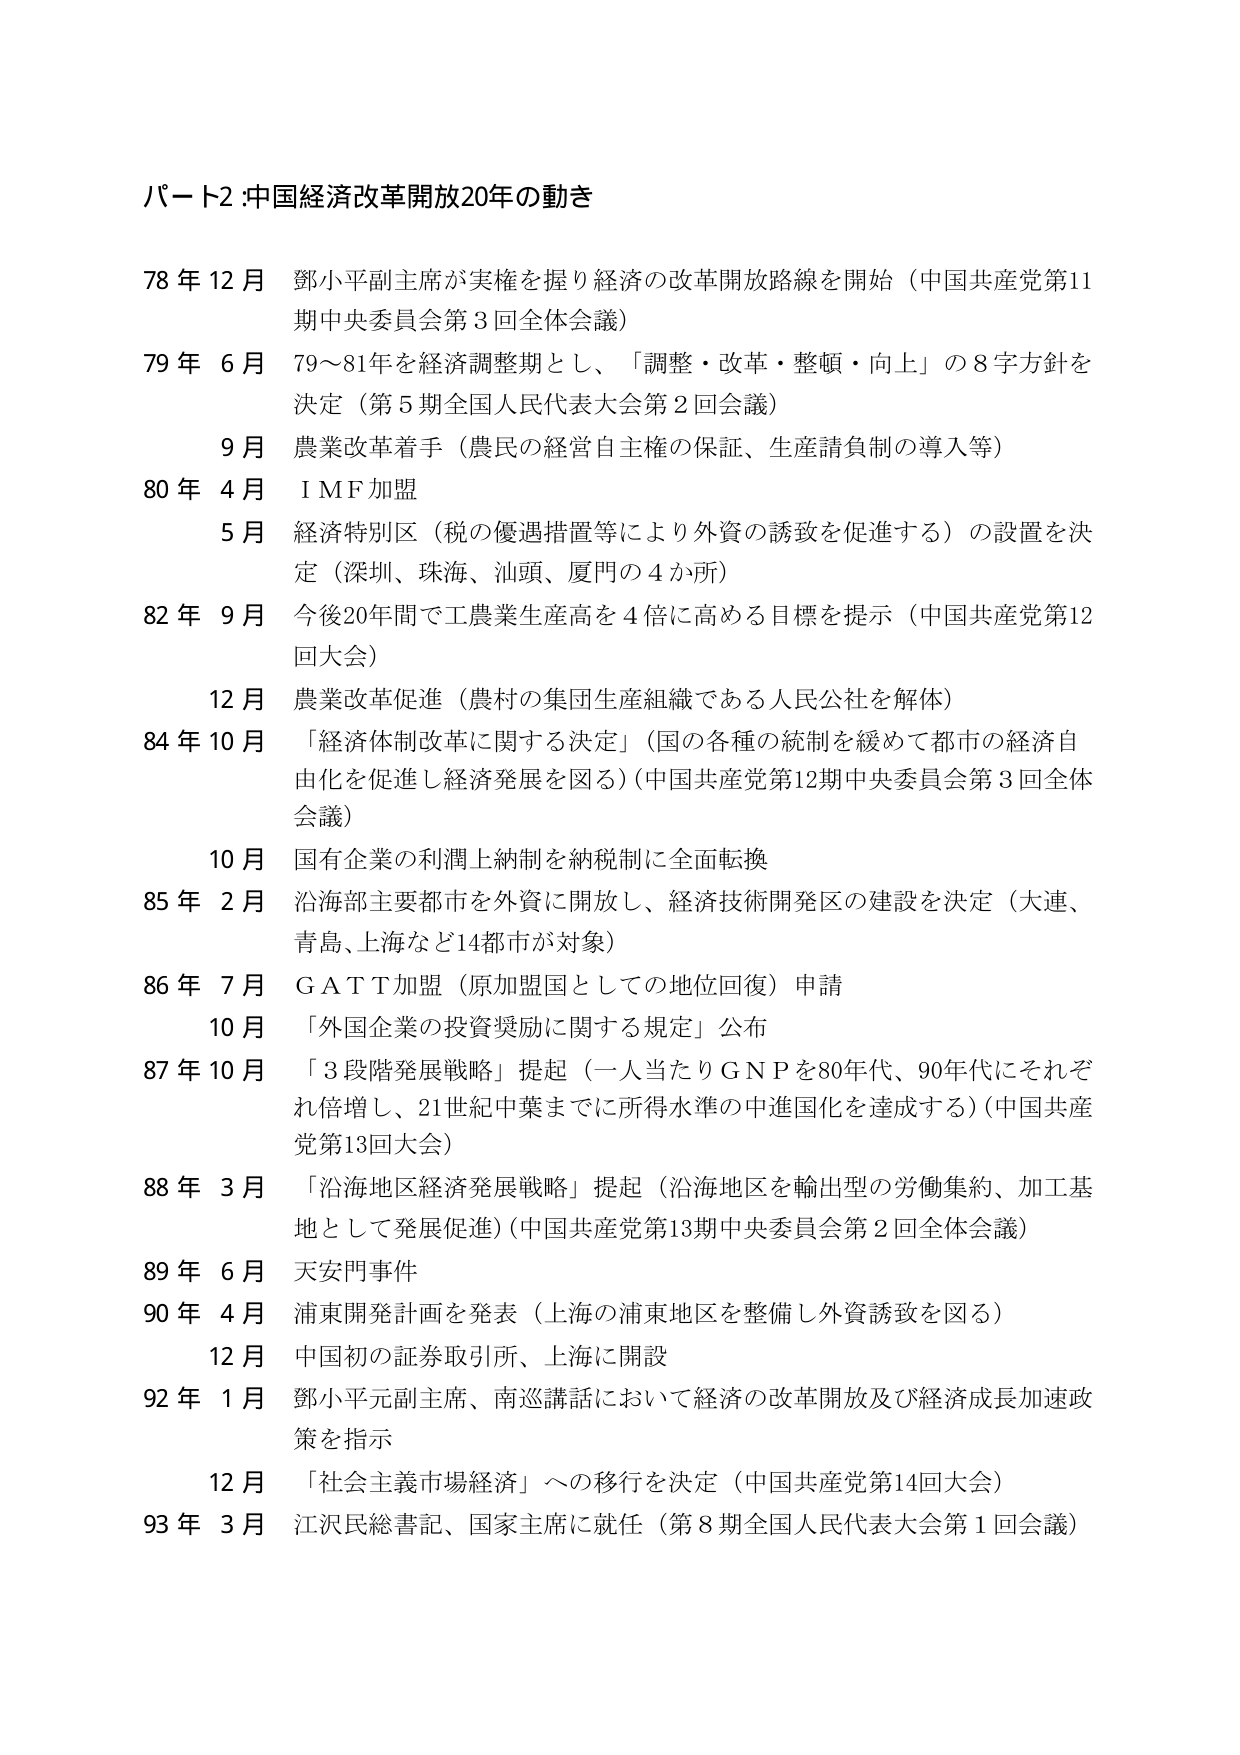
パート2:中国経済改革開放20年の動き

78年12月 鄧小平副主席が実権を握り経済の改革開放路線を開始（中国共産党第11期中央委員会第3回全体会議）

79年6月 79～81年を経済調整期とし、「調整・改革・整頓・向上」の8字方針を決定（第5期全国人民代表大会第2回会議）

9月 農業改革着手（農民の経営自主権の保証、生産請負制の導入等）

80年4月 IMF加盟

5月 経済特別区（税の優遇措置等により外資の誘致を促進する）の設置を決定（深圳、珠海、汕頭、廈門の4か所）

82年9月 今後20年間で工農業生産高を4倍に高める目標を提示（中国共産党第12回大会）

12月 農業改革促進（農村の集団生産組織である人民公社を解体）

84年10月 「経済体制改革に関する決定」（国の各種の統制を緩めて都市の経済自由化を促進し経済発展を図る）（中国共産党第12期中央委員会第3回全体会議）

10月 国有企業の利潤上納制を納税制に全面転換

85年2月 沿海部主要都市を外資に開放し、経済技術開発区の建設を決定（大連、青島、上海など14都市が対象）

86年7月 GATT加盟（原加盟国としての地位回復）申請

10月 「外国企業の投資奨励に関する規定」公布

87年10月 「3段階発展戦略」提起（一人当たりGNPを80年代、90年代にそれぞれ倍増し、21世紀中葉までに所得水準の中進国化を達成する）（中国共産党第13回大会）

88年3月 「沿海地区経済発展戦略」提起（沿海地区を輸出型の労働集約、加工基地として発展促進）（中国共産党第13期中央委員会第2回全体会議）

89年6月 天安門事件

90年4月 浦東開発計画を発表（上海の浦東地区を整備し外資誘致を図る）

12月 中国初の証券取引所、上海に開設

92年1月 鄧小平元副主席、南巡講話において経済の改革開放及び経済成長加速政策を指示

12月 「社会主義市場経済」への移行を決定（中国共産党第14回大会）

93年3月 江沢民総書記、国家主席に就任（第8期全国人民代表大会第1回会議）